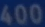
400